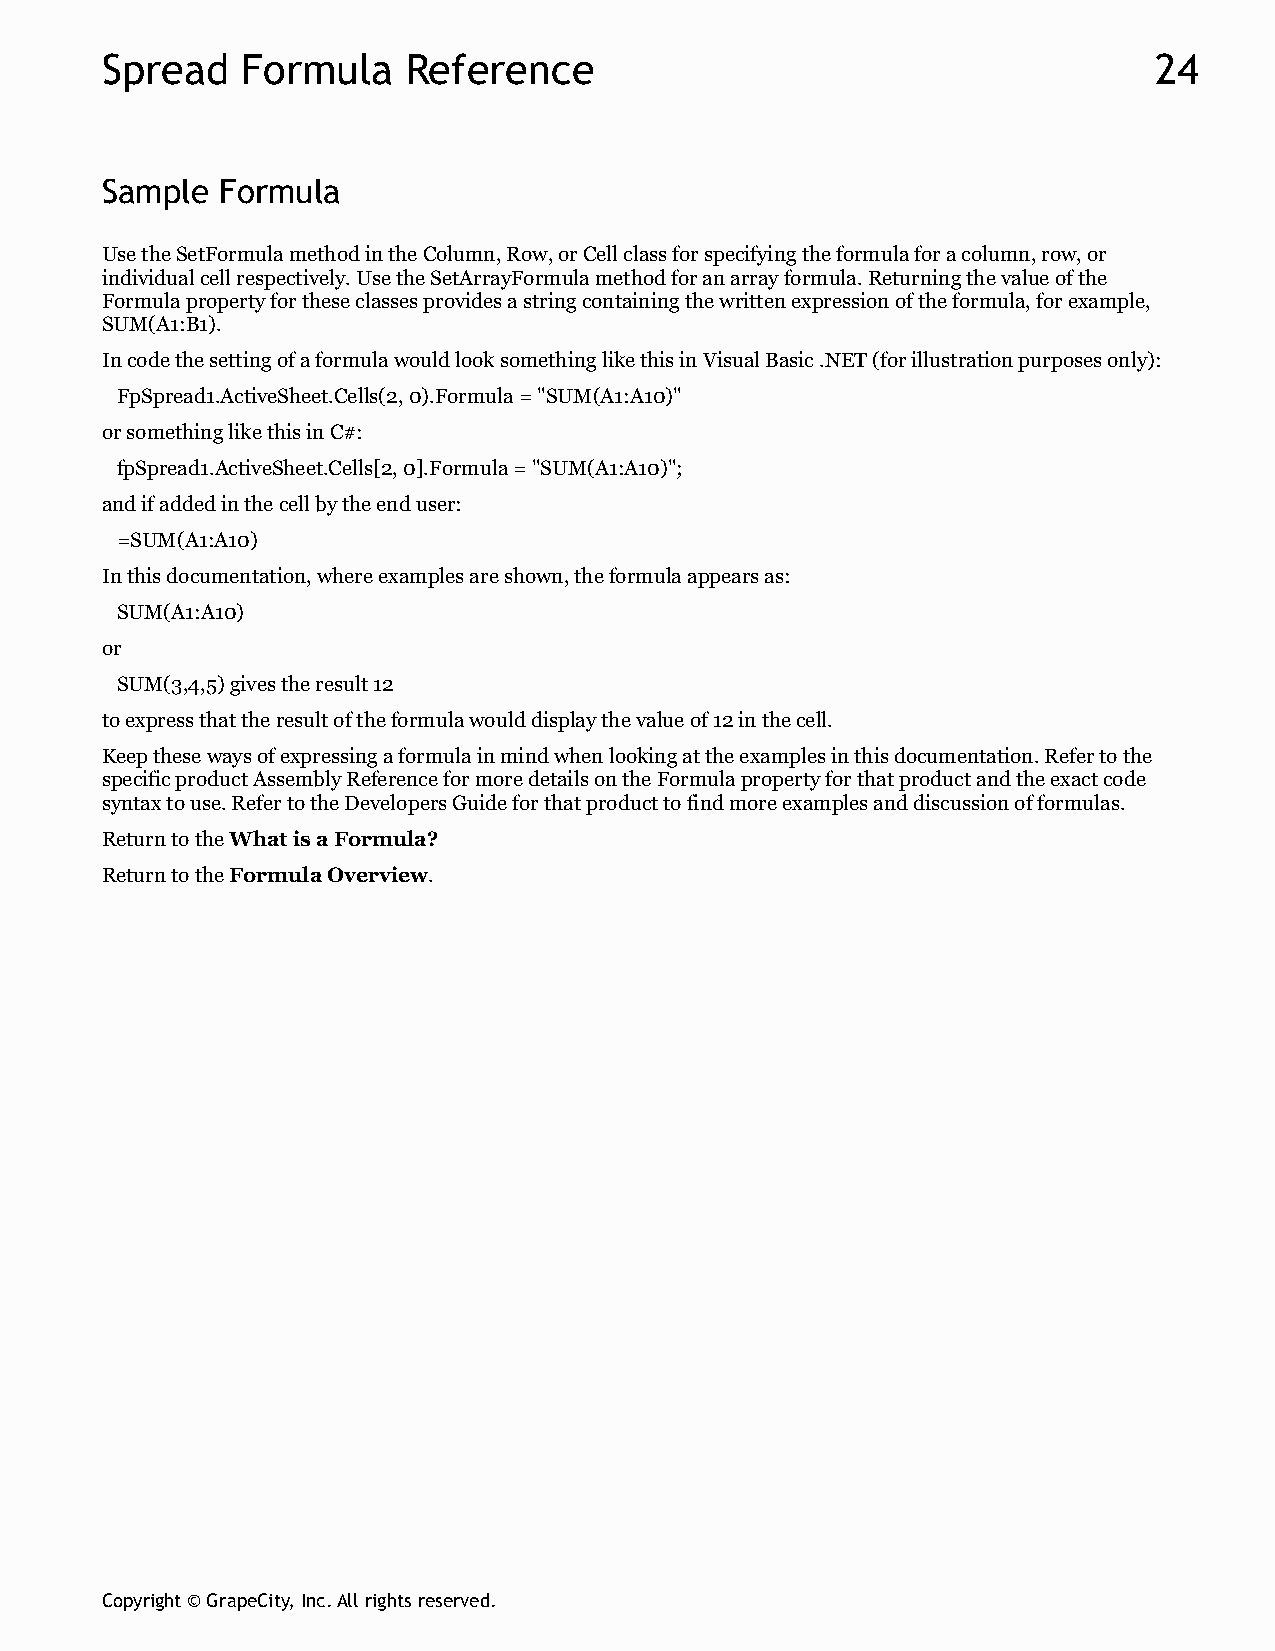
Spread   Formula    Reference                                        24
 Sample  Formula
 Use the SetFormula method in the Column, Row, or Cell class for specifying the formula for a column, row, or
 individual cell respectively. Use the SetArrayFormula method for an array formula. Returning the value of the
 Formula property for these classes provides a string containing the written expression of the formula, for example,
 SUM(A1:B1).
 In code the setting of a formula would look something like this in Visual Basic .NET (for illustration purposes only):
 FpSpread1.ActiveSheet.Cells(2, 0).Formula = "SUM(A1:A10)"
 or something like this in C#:
 fpSpread1.ActiveSheet.Cells[2, 0].Formula = "SUM(A1:A10)";
 and if added in the cell by the end user:
 =SUM(A1:A10)
 In this documentation, where examples are shown, the formula appears as:
 SUM(A1:A10)
 or
 SUM(3,4,5) gives the result 12
 to express that the result of the formula would display the value of 12 in the cell.
 Keep these ways of expressing a formula in mind when looking at the examples in this documentation. Refer to the
 specific product Assembly Reference for more details on the Formula property for that product and the exact code
 syntax to use. Refer to the Developers Guide for that product to find more examples and discussion of formulas.
 Return to the What is a Formula?
 Return to the Formula Overview.
 Copyright © GrapeCity, Inc. All rights reserved.